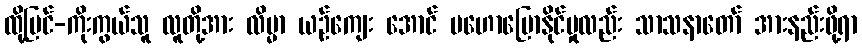
ထို့ပြင်-ကိုးကွယ်သူ လူတို့အား လိမ္မာ ယဉ်ကျေး အောင် မဟောပြောနိုင်မှုလည်း သာသနာတော် အားနည်းဖို့ရာ